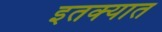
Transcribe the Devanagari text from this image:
इतक्‍यात